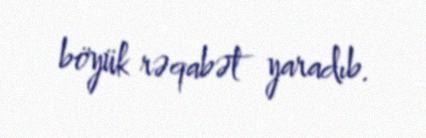
böyük rəqabət yaradıb.